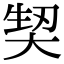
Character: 𭑕